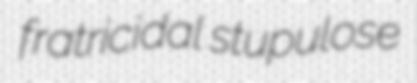
fratricidal stupulose